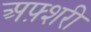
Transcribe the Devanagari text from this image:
अफ़्शरी